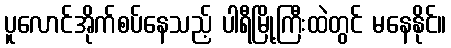
ပူလောင်အိုက်စပ်နေသည့် ပါရီမြို့ကြီးထဲတွင် မနေနိုင်။